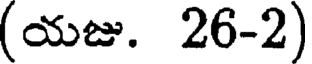
(యజు. 26-2)